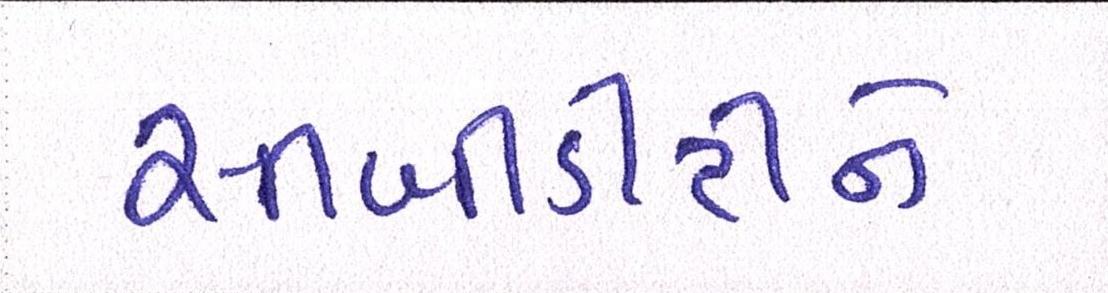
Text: સીબીડીટીને